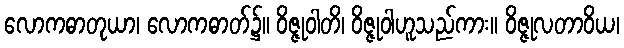
လောကဓာတုယာ၊ လောကဓာတ်၌။ ဝိဇ္ဇုဝါတိ၊ ဝိဇ္ဇုဝါဟူသည်ကား။ ဝိဇ္ဇုလတာဝိယ၊